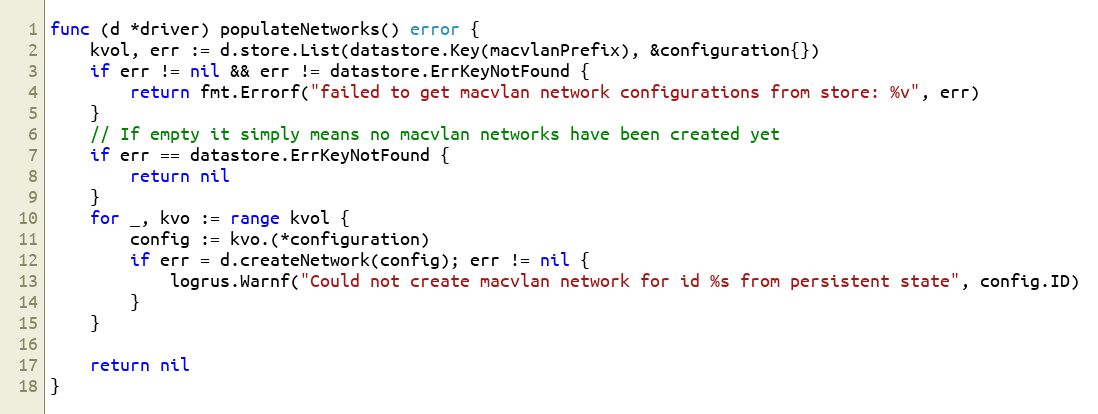
Language: Go
func (d *driver) populateNetworks() error {
	kvol, err := d.store.List(datastore.Key(macvlanPrefix), &configuration{})
	if err != nil && err != datastore.ErrKeyNotFound {
		return fmt.Errorf("failed to get macvlan network configurations from store: %v", err)
	}
	// If empty it simply means no macvlan networks have been created yet
	if err == datastore.ErrKeyNotFound {
		return nil
	}
	for _, kvo := range kvol {
		config := kvo.(*configuration)
		if err = d.createNetwork(config); err != nil {
			logrus.Warnf("Could not create macvlan network for id %s from persistent state", config.ID)
		}
	}

	return nil
}